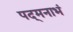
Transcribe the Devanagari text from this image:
पद्‌मनाभं